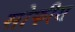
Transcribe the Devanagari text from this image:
सोफीस